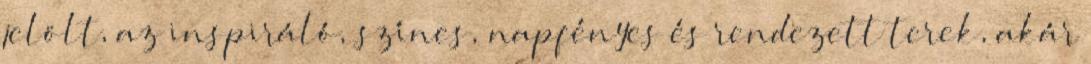
jelölt, az inspiráló, színes, napfényes és rendezett terek, akár